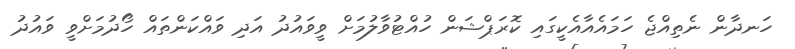
ހަނދާން ނެތިއްޖެ ހަމައެއާއެކީގައި ކޮރަޕްޝަން ހުއްޓުވާލުމަށް ވީވައުދު އަދި ވައްކަންތައް ހޯދުމަށްވީ ވައުދު